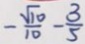
- \frac { \sqrt { 1 0 } } { 1 0 } - \frac { 3 } { 5 }